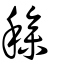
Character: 穇